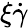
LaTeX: \xi\dot{\gamma}